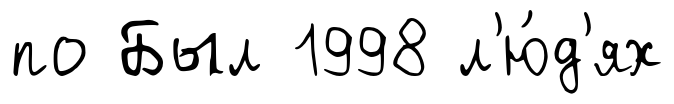
по Был 1998 л'ю́д'ях